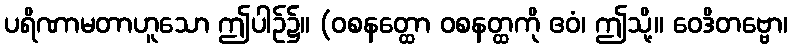
ပရိဏာမတာဟူသော ဤပါဉ်၌။ (ဝစနတ္ထော ဝစနတ္ထကို ဧဝံ၊ ဤသို့။ ဝေဒိတဗ္ဗော၊